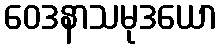
ဝေဒနာသမုဒယော